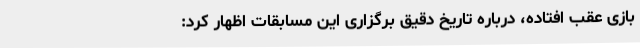
بازی عقب افتاده، درباره تاریخ دقیق برگزاری این مسابقات اظهار کرد: